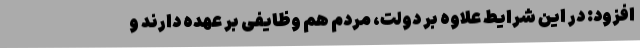
افزود: در این شرایط علاوه بر دولت، مردم هم وظایفی بر عهده دارند و